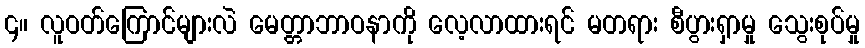
၄။ လူဝတ်ကြောင်များလဲ မေတ္တာဘာဝနာကို လေ့လာထားရင် မတရား စီပွားရှာမှု သွေးစုပ်မှု